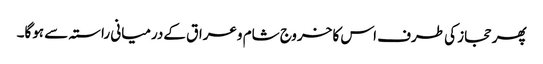
پھر حجاز کی طرف اس کا خروج شام وعراق کےدرمیانی راستہ سے ہوگا۔